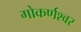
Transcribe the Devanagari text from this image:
गोकर्णश्वर